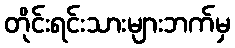
တိုင်းရင်းသားများဘက်မှ